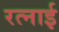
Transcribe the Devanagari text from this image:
रत्नाई